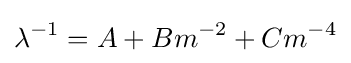
\lambda ^{-1}=A+Bm^{-2}+Cm^{-4}